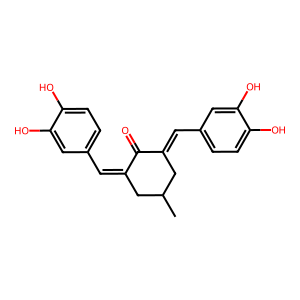
SMILES: CC1CC(=Cc2ccc(O)c(O)c2)C(=O)C(=Cc2ccc(O)c(O)c2)C1
Inhibits HIV replication: No